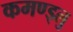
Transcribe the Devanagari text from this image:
कमण्ड्लु